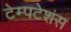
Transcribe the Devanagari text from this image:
टेम्पटेशंस